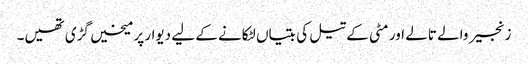
زنجیر والے تالے اور مٹی کے تیل کی بتیاں لٹکانے کے لیے دیوار پر میخیں گڑی تھیں۔